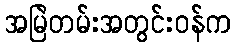
အမြဲတမ်းအတွင်းဝန်က